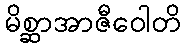
မိစ္ဆာအာဇီဝေါတိ